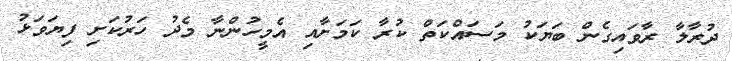
ދުރާލާ ރާވައިގެން ބަޔަކު މަސައްކަތް ކުރާ ކަމަށާއި އެމީހުންނާ މެދު ހަރުކަށި ފިޔަވަޅު